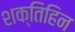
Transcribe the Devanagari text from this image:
शक्तिहिन